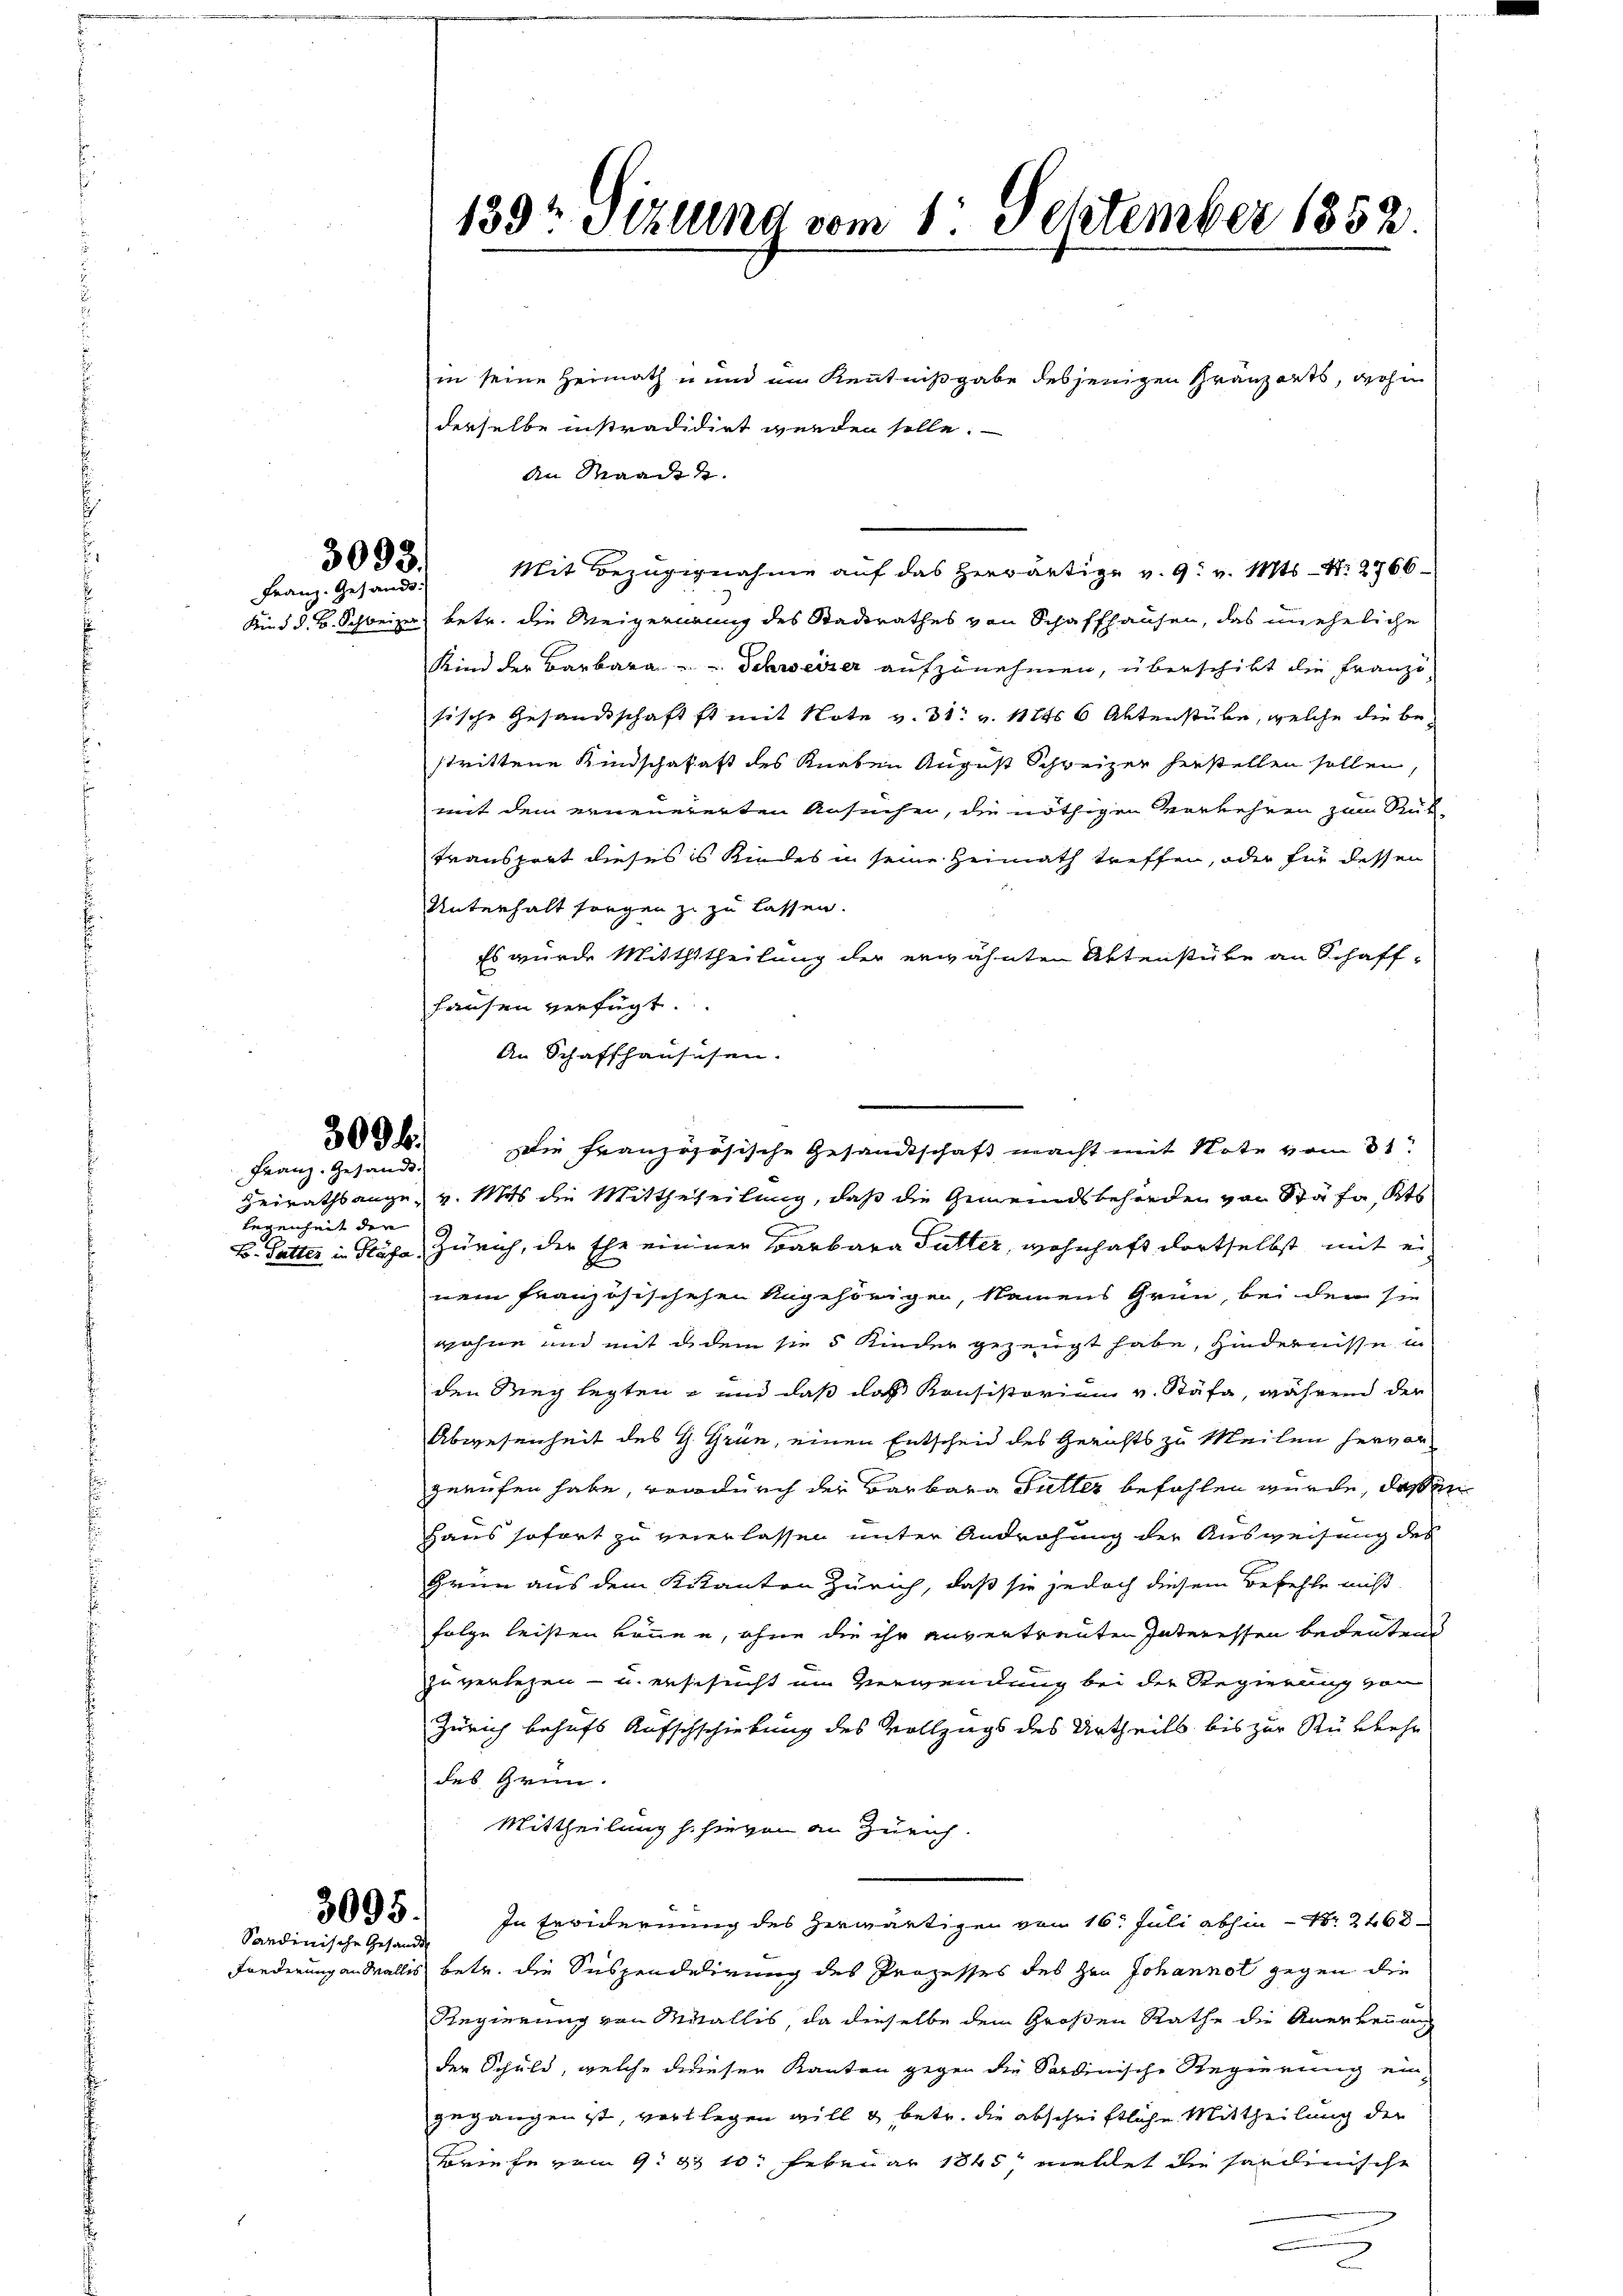
3093.
Franz. Gesandt.

309 f.
Franz. Gesandt.

legenheit den

in seine Heimath und im Kenntnißgabe desjenigen Granzarts, wohin
derselbe instradidirt werden solle.
An Waadt.
Mit Bezügignahme auf das herwärtige v. 9. v. Mts. - N. 2766
Kind d. B. Schweizer betr. die Weigerirung des Stadtrathes von Schaffhausen, das uneheliche
Kind der Barbara - Schweizer aufzunehmen, überschikt die Franzö
sische Gesandtschaftst mit Note v. 31. v. 11t 6 Aktenstube, welche die bestrittene Kindschaftatt des Knaben August Schweizer herstellen sollen,
mit dem erneuererten Ansuchen, die nöthigen Vorkehren zum Rük-
Transport dieses es Kindes in seine Heimath treffen, oder für dessen
Unterhalt sorgen zu zu lassen.
Es wurde Mitthttheilung der erwähnten Aktenstüke an Schaff-
hausen verfügt.
An Schaffhausesen.
Die französische Gesandtschaft macht mit Note vom 31.
Heirathsange v. Mit die Mittheilung, daß die Gemeindsbehörden von Stäfa, Kts
B. Sutter in Gläse, Zürich, der Ehe einerer Barbara Futter, wohnhaft dortselbst mit ei
nem französischehen Angehörigen, kamens Grün, bei der sie
wohne und mit dem sie 5 Kinder gezeugt habe, Hindernisse
den Weg legten – und daß das Konsistorium v. Stäfa, während der
Abwesenheit des G. Grün, einen Entscheid des Gerichts zu Meilen hervor
gerufen habe, wodurch der Barbara Tüller befohlen wurde, daß en
Haus sofort zu vererlassen unter Androhung der Ausweisung des
Grün aus dem Kitanten Zürich, daß sie jedoch diesem Befehle nicht
Folge leisten können, ohne die ihr anvertreuten Interessen bedeutend
zuverlesen - u. erschicht im Verwendung bei der Regierung von
Zürich behufs Aufschschiebung des Vollzugs des Urtheils bis zur Rükkehr
des Grün-
Mittheilung hihingen an Zürich.
3695. In Erwidernung des herwärtigen von 16. Juli abhin - Nr. 2468
Fonderung an Wallis betr. die Suspendalirung des Prozesses des Hrn Johannot gegen die
Regierung von Wallis, da dieselbe dem Großen Rathe die Anerkennung
der Schuld, welche dieser Kanton gegen die Sardinische Regierung eingegangen ist, verlegen will u betr. die abschriftliche Mittheilung der
Foriefe vom 9. 210. Februar 1845, mellet die hardinische
e

Sardinische Gesandt

139t Settung vom 1. September 1852.